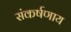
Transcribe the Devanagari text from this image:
संकर्षणाय